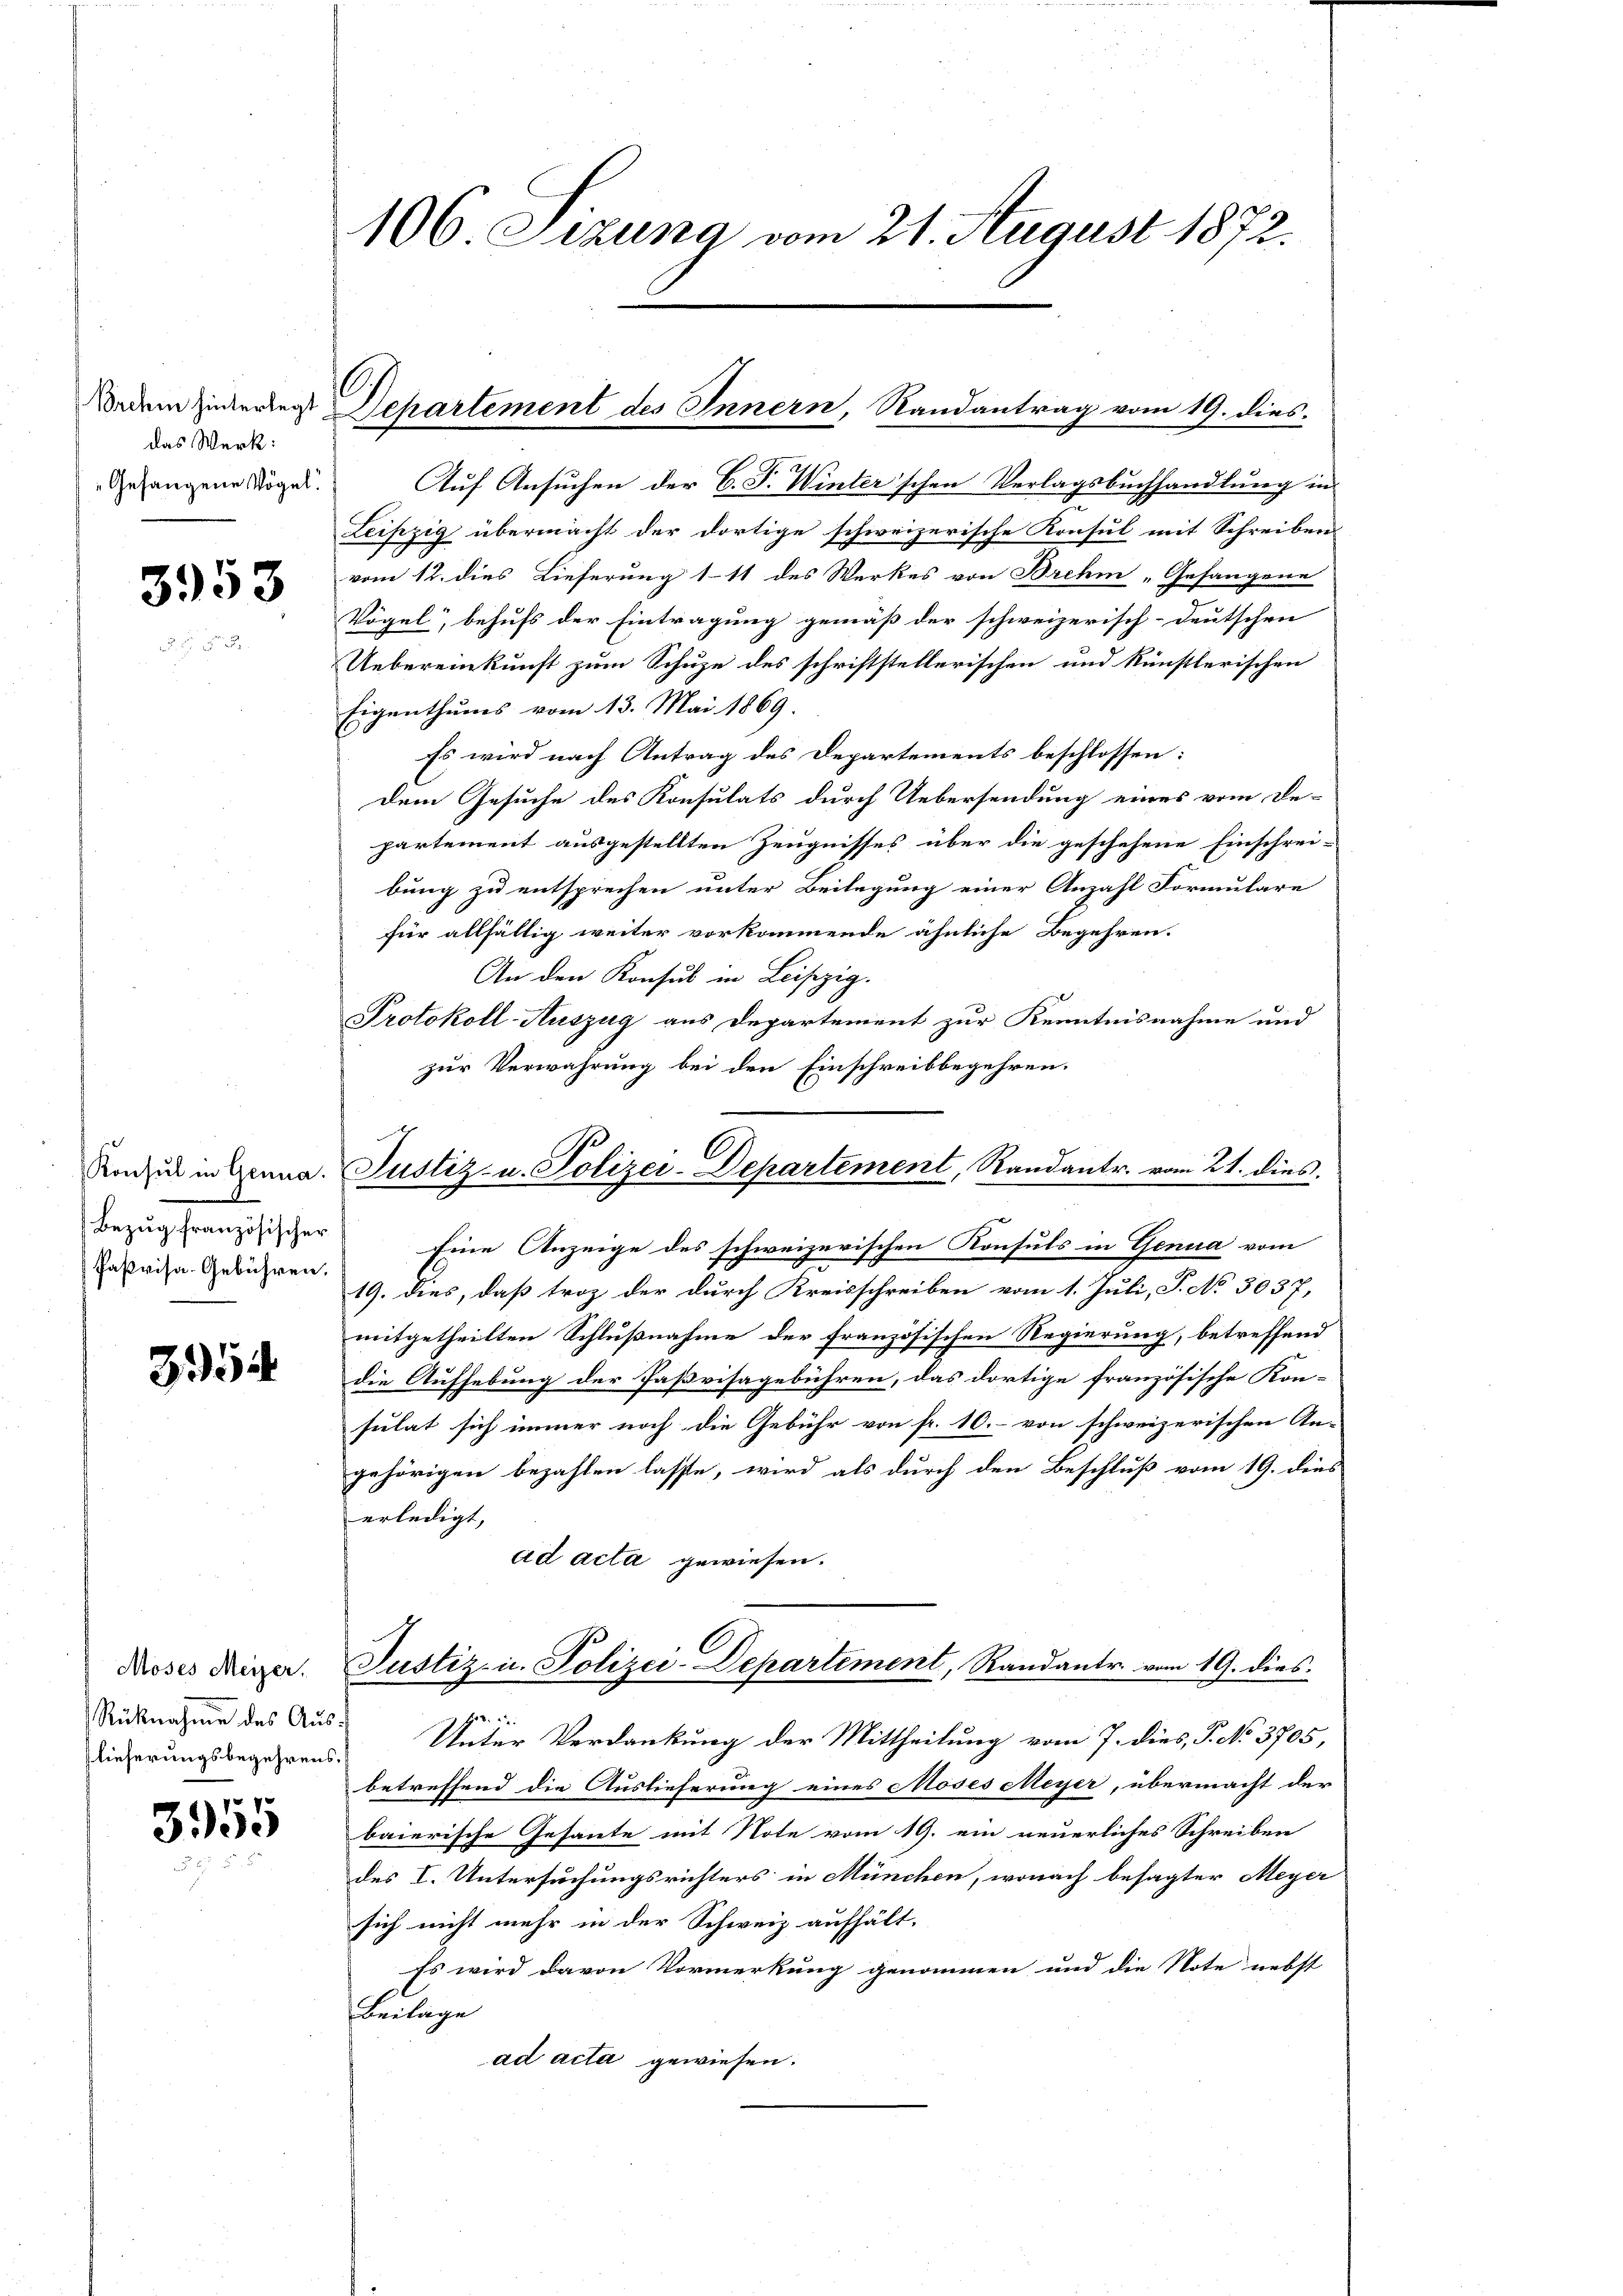
Brchen hinterlegt
das Werk:
Gefangene Vögel.

3953

Bezug französischer

354

Moses Meizer.
Rücknahme des Auslieferungsbegehrens

3955

106. Sizung vom 21. August 1872.

e
Departement des Innern, Randantrag vom 19. dies

Auf Ansuchen der C. S. Winter'schen Verlagsbuchhandlung in
Leipzig übermacht der dortige schweizerische Konsul mit Schreiben
vom 12. dies Lieferung 111 des Werkes von Brehm „Gefangene
Vögel, behufs der Eintragung gemäß der schweizerisch-deutschen
Uebereinkunft zum Schuhe des schriftstellerischen und künstlerischen
Eigenthums vom 13. Mai 1869.
Es wird nach Antrag des Departements beschlossen:
Dem Gesuche des Konsulats durch Uebersendung eines vom Be-
partement ausgestellten Zeugnisses über die geschehene Einschrei-
bung zu entsprechen unter Beilegung einer Anzahl Formulare
für allfältig weiter vorkommende ähnliche Begehren.
An den Konsul in Leipzig.
Protokoll-Auszug aus Departement zur Kenntnisnahme und
zur Verwahrung bei den Einschreibbegehren.
Eine Anzeige des schweizerischen Konsuls in Genua vom
Pasache Gebühren. 19. dies, daß trop der durch Kreisschreiben vom 1. Juli, S. No 3037,
mitgetheilten Schlußnahme der französischen Regierung, betreffend
die Aufhebung der Paßvisagebühren, das dortige französische Kon-
sulat sich immer noch die Gebühr von fr. 10.- von schweizerischen An-
gehörigen bezahlen lasse, wird als durch den Beschluß vom 19. dies
erledigt,
ad acta gewiesen.
Justiz- u. Polizei-Departement, Randantr. vom 19. dies

Unter Verdankung der Mittheilung vom 7. dies, P. No 3705,
betreffend die Auslieferung eines Moses Meyer, übermacht der
baierische Gesante mit Note vom 19. ein neuerliches Schreiben
des I. Untersuchungsrichters in München, wonach besagter Meyer
sich nicht mehr in der Schweiz aufhält.
Es wird davon Vormerkung genommen und die Note nebst
Beilage
ad acta gewiesen.

.
Von zu in Genna. Justiz- u. Polizei-Departement, Randantr. vom 21. dies.